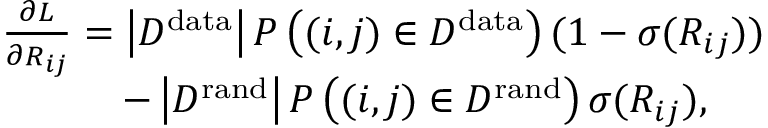
\begin{array} { r l } & { \frac { \partial { \cal L } } { \partial R _ { i j } } = \left| { \cal D } ^ { \mathrm { d a t a } } \right| P \left( ( i , j ) \in { \cal D } ^ { \mathrm { d a t a } } \right) ( 1 - \sigma ( R _ { i j } ) ) } \\ & { \quad \quad \quad - \left| { \cal D } ^ { \mathrm { r a n d } } \right| P \left( ( i , j ) \in { \cal D } ^ { \mathrm { r a n d } } \right) \sigma ( R _ { i j } ) , } \end{array}